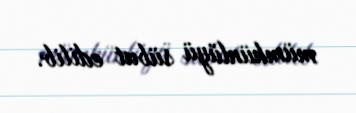
mümkünlüyü sübut edilib.